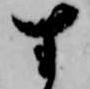
す